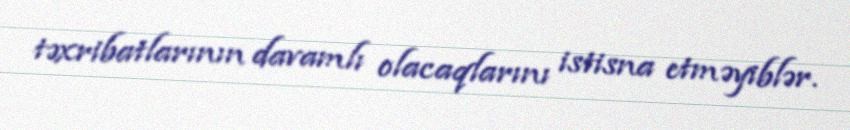
təxribatlarının davamlı olacaqlarını istisna etməyiblər.